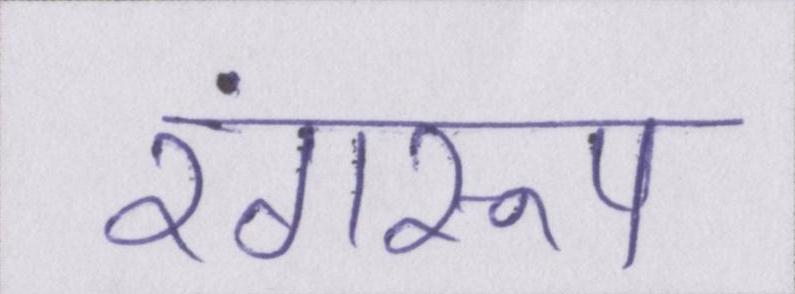
रंगरूप